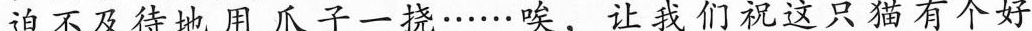
迫不及待地用爪子一挠……唉，让我们祝这只猫有个好